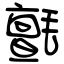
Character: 氈